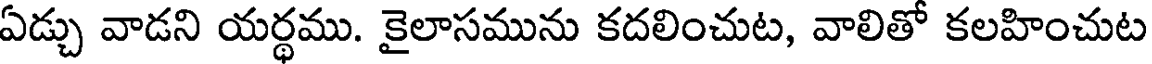
ఏడ్చు వాడని యర్థము. కైలాసమును కదలించుట, వాలితో కలహించుట